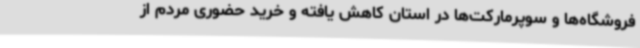
فروشگاه‌ها و سوپرمارکت‌ها در استان کاهش یافته و خرید حضوری مردم از